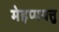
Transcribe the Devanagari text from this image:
मेइप्पयत्तु